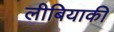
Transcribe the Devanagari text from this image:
लीबियाकी